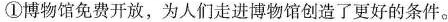
②___